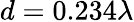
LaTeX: d=0.234\lambda